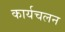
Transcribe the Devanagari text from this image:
कार्यचलन